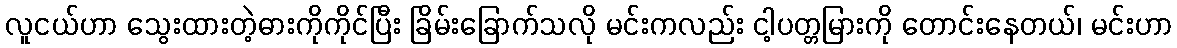
လူငယ်ဟာ သွေးထားတဲ့ဓားကိုကိုင်ပြီး ခြိမ်းခြောက်သလို မင်းကလည်း ငါ့ပတ္တမြားကို တောင်းနေတယ်၊ မင်းဟာ